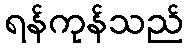
ရန်ကုန်သည်